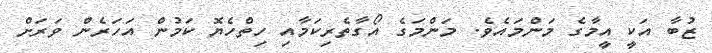
ޒުބާ އަކީ އީމާގެ މަންމައެވެ. މަންމަގެ އޯގާތެރިކަމާއި ހިތްހެޔޮ ކަމުން އަހަރެން ވަރަށް